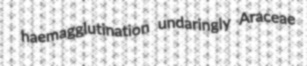
haemagglutination undaringly Araceae